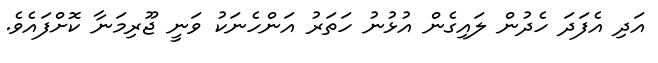
އަދި އެފަދަ ހެދުން ލައިގެން އުޅުނު ހަތަރު އަންހެނަކު ވަނީ ޖޫރިމަނާ ކޮށްފައެވެ.